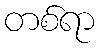
တစ်ရာ